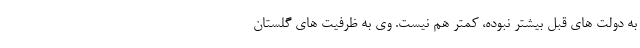
به دولت های قبل بیشتر نبوده، کمتر هم نیست. وی به ظرفیت های گلستان